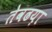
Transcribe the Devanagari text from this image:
तेवढय़ा